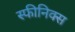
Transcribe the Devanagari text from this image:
स्फीनिक्स